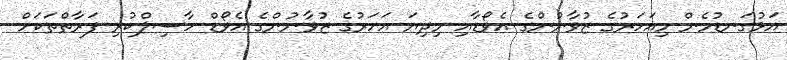
އަޅުގަނޑުމެން މިއަހަރުގެ ޒުވާނުންގެ އެވޯޑާއި މިދިޔަ އަހަރުގެ ޒުވާނުންގެ އެވޯޑް ހާސިލްކުރި ފަރާތްތަކަށް